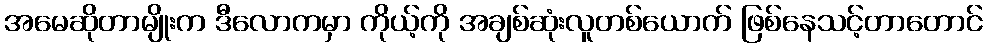
အမေဆိုတာမျိုးက ဒီလောကမှာ ကိုယ့်ကို အချစ်ဆုံးလူတစ်ယောက် ဖြစ်နေသင့်တာတောင်